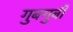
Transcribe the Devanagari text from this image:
गुबगुबी